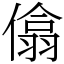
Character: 㒆